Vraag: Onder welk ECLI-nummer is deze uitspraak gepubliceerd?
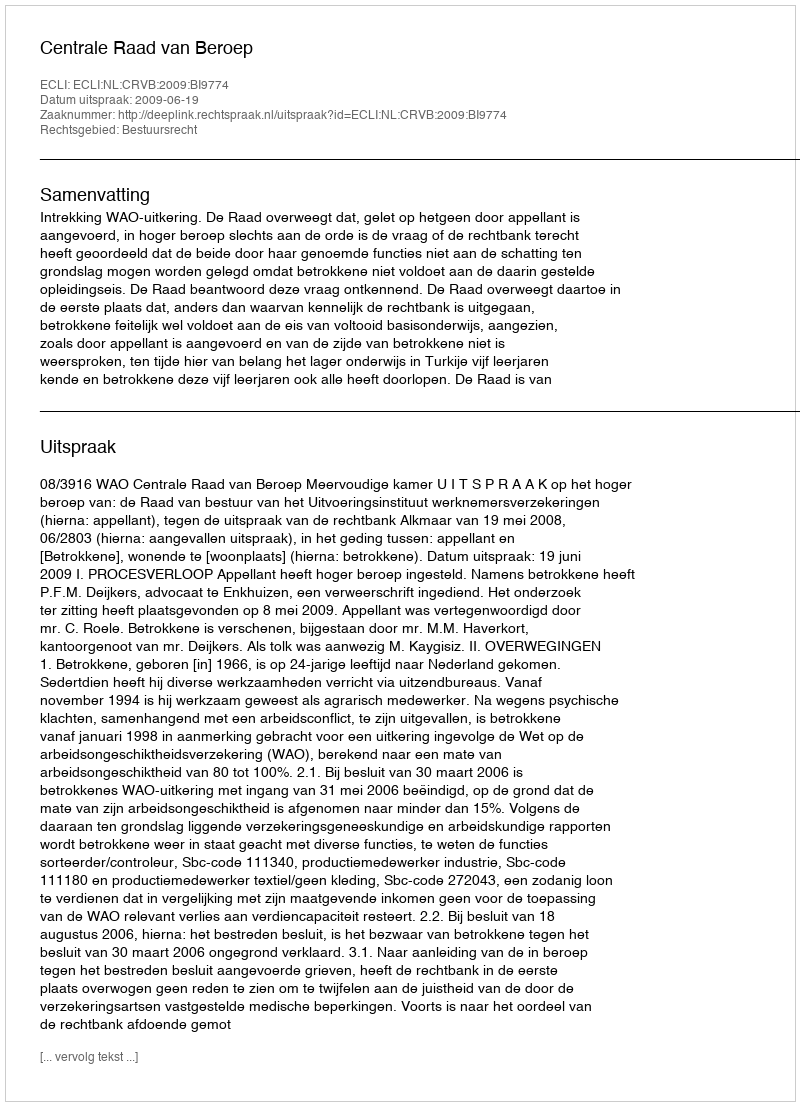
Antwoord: ECLI:NL:CRVB:2009:BI9774